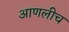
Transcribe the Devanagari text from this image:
आणलीच